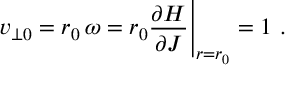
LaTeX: v _ { \perp 0 } = r _ { 0 } \, \omega = r _ { 0 } { \frac { \partial H } { \partial J } } \Bigg | _ { r = r _ { 0 } } = 1 \ .